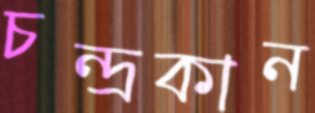
চন্দ্রকান